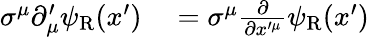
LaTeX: \begin{array}{rl}{\sigma^{\mu}\partial_{\mu}^{\prime}\psi_{\mathrm{{R}}}(x^{\prime})}&{{}=\sigma^{\mu}{\frac{\partial}{\partial x^{\prime\mu}}}\psi_{\mathrm{{R}}}(x^{\prime})}\end{array}